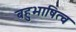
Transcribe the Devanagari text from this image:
बहुभाषित्व